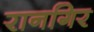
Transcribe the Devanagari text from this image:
रानगिर